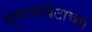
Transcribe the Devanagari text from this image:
सुमात्राबेटाच्या